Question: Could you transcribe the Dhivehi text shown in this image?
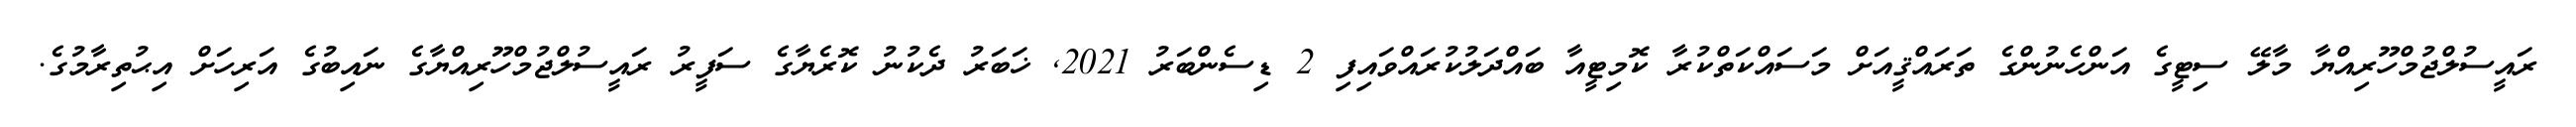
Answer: ރައީސުލްޖުމްހޫރިއްޔާ މާލޭ ސިޓީގެ އަންހެނުންގެ ތަރައްޤީއަށް މަސައްކަތްކުރާ ކޮމިޓީއާ ބައްދަލުކުރައްވައިފި 2 ޑިސެންބަރު 2021, ޚަބަރު ދެކުނު ކޮރެޔާގެ ސަފީރު ރައީސުލްޖުމްހޫރިއްޔާގެ ނައިބުގެ އަރިހަށް އިޙުތިރާމުގެ.